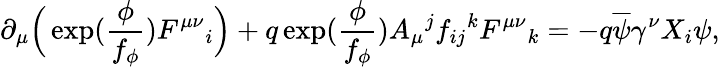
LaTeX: \partial_{\mu}\Big(\exp(\frac{\phi}{f_{\phi}})F^{\mu\nu}{}_{i}\Big)+q\exp(\frac{\phi}{f_{\phi}})A_{\mu}{}^{j}f_{ij}{}^{k}F^{\mu\nu}{}_{k}=-q\overline{{{\psi}}}\gamma^{\nu}X_{i}\psi,